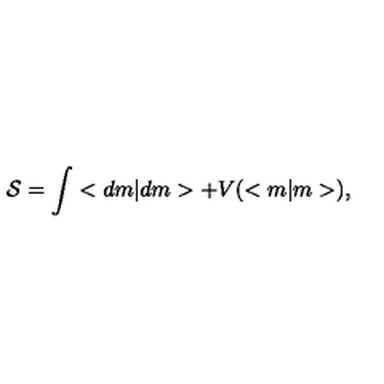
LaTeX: { \cal S } = \int < d m | d m > + V ( < m | m > ) ,